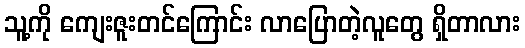
သူ့ကို ကျေးဇူးတင်ကြောင်း လာပြောတဲ့လူတွေ ရှိတာလား